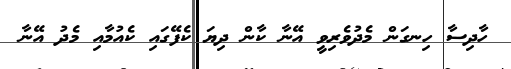
ހާދިސާ ހިނގަން މެދުވެރިވީ އޭނާ ކާން ދިޔަ ކެފޭގައި ކެއުމާއި މެދު އޭނާ